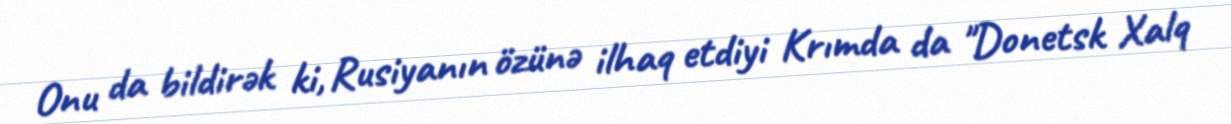
Onu da bildirək ki, Rusiyanın özünə ilhaq etdiyi Krımda da "Donetsk Xalq